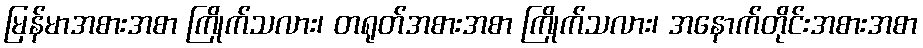
မြန်မာအစားအစာ ကြိုက်သလား၊ တရုတ်အစားအစာ ကြိုက်သလား၊ အနောက်တိုင်းအစားအစာ